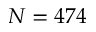
N = 4 7 4